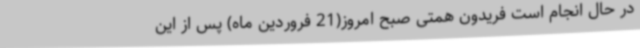
در حال انجام است فریدون همتی صبح امروز(21 فروردین ماه) پس از این